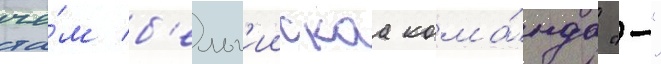
че́м б'ельг'иискаа кома́нда "-"